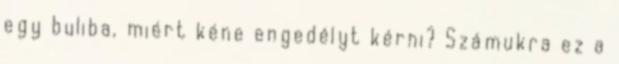
egy buliba, miért kéne engedélyt kérni? Számukra ez a